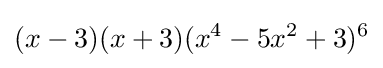
(x-3)(x+3)(x^{4}-5x^{2}+3)^{6}